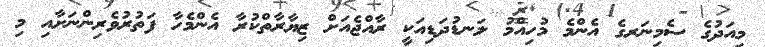
މިއަދުގެ ސެމިނަރގެ އެންމެ މުހިއްމު ލަނޑުދަޑިއަކީ ރާއްޖެއަށް ޒިޔާރާތްކުރާ އެންމެހާ ފަތުރުވެރިންނަށާއި މި